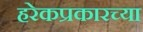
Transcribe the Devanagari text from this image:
हरेकप्रकारच्या